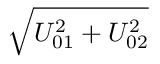
\sqrt { U _ { 0 1 } ^ { 2 } + U _ { 0 2 } ^ { 2 } }